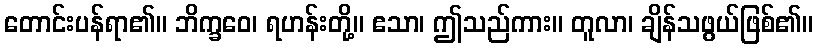
တောင်းပန်ရာ၏။ ဘိက္ခဝေ၊ ရဟန်းတို့။ ဧသာ၊ ဤသည်ကား။ တူလာ၊ ချိန်သဖွယ်ဖြစ်၏။